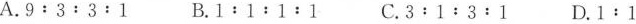
A.$$9 : 3 : 3 : 1$$ B. $$1 : 1 : 1 : 1$$ C. $$3﹔1﹔3 : 1$$ D. $$1 : 1$$